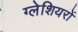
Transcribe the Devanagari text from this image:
ग्‍लेशियरों